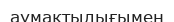
аумақтылығымен